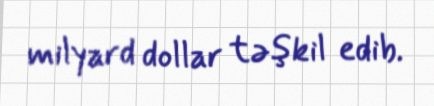
milyard dollar təşkil edib.